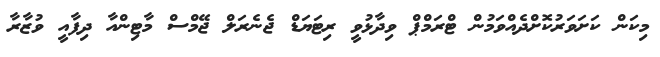
މިކަން ކަށަވަރުކޮށްދެއްވަމުން ޓްރަމްޕް ވިދާޅުވީ ރިޓަޔަޑް ޖެނެރަލް ޖޭމްސް މާޓިންއާ ދިފާއީ ވުޒާރާ